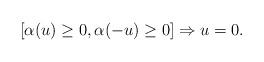
LaTeX: \begin{align*} [\alpha (u)\ge 0,\alpha (-u)\ge 0]\Rightarrow u=0.\end{align*}